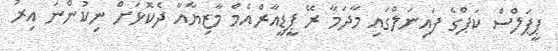
ޕީޕަލްސް ކަޕްގެ ފައިނަލްގައި މާދަމާ ރޭ ޕީޑީއާރްއެމް މާޒިޔާއާ ދެކޮޅަށް ނިކުންނަ އިރު